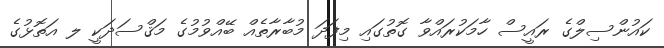
ކައުންސިލްގެ ރައީސް ހާމަކުރައްވާ ގޮތުގައި މިފަދަ މުބާރާތެއް ބޭއްވުމުގެ މަޤްސަދަކީ ލ އަތޮޅުގެ